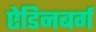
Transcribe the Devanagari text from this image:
ऐडिनबर्ग